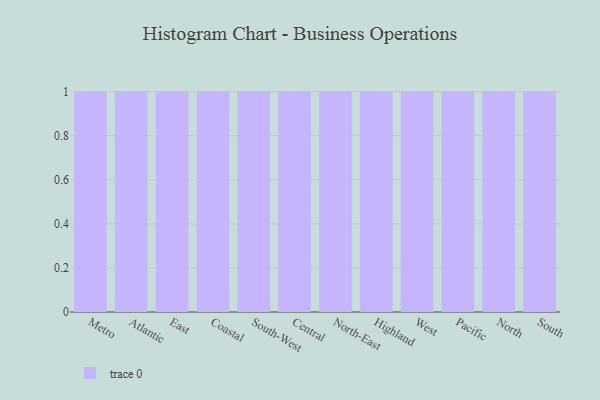
{"axis": {"x": "Region", "y": "Inventory Turnover"}, "legend": [""], "data": [{"x": "Metro", "y": 95, "type": ""}, {"x": "Atlantic", "y": 22, "type": ""}, {"x": "East", "y": 79, "type": ""}, {"x": "Coastal", "y": 97, "type": ""}, {"x": "South-West", "y": 7, "type": ""}, {"x": "Central", "y": 88, "type": ""}, {"x": "North-East", "y": 86, "type": ""}, {"x": "Highland", "y": 69, "type": ""}, {"x": "West", "y": 17, "type": ""}, {"x": "Pacific", "y": 24, "type": ""}, {"x": "North", "y": 74, "type": ""}, {"x": "South", "y": 61, "type": ""}]}